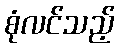
စုံလင်သည့်